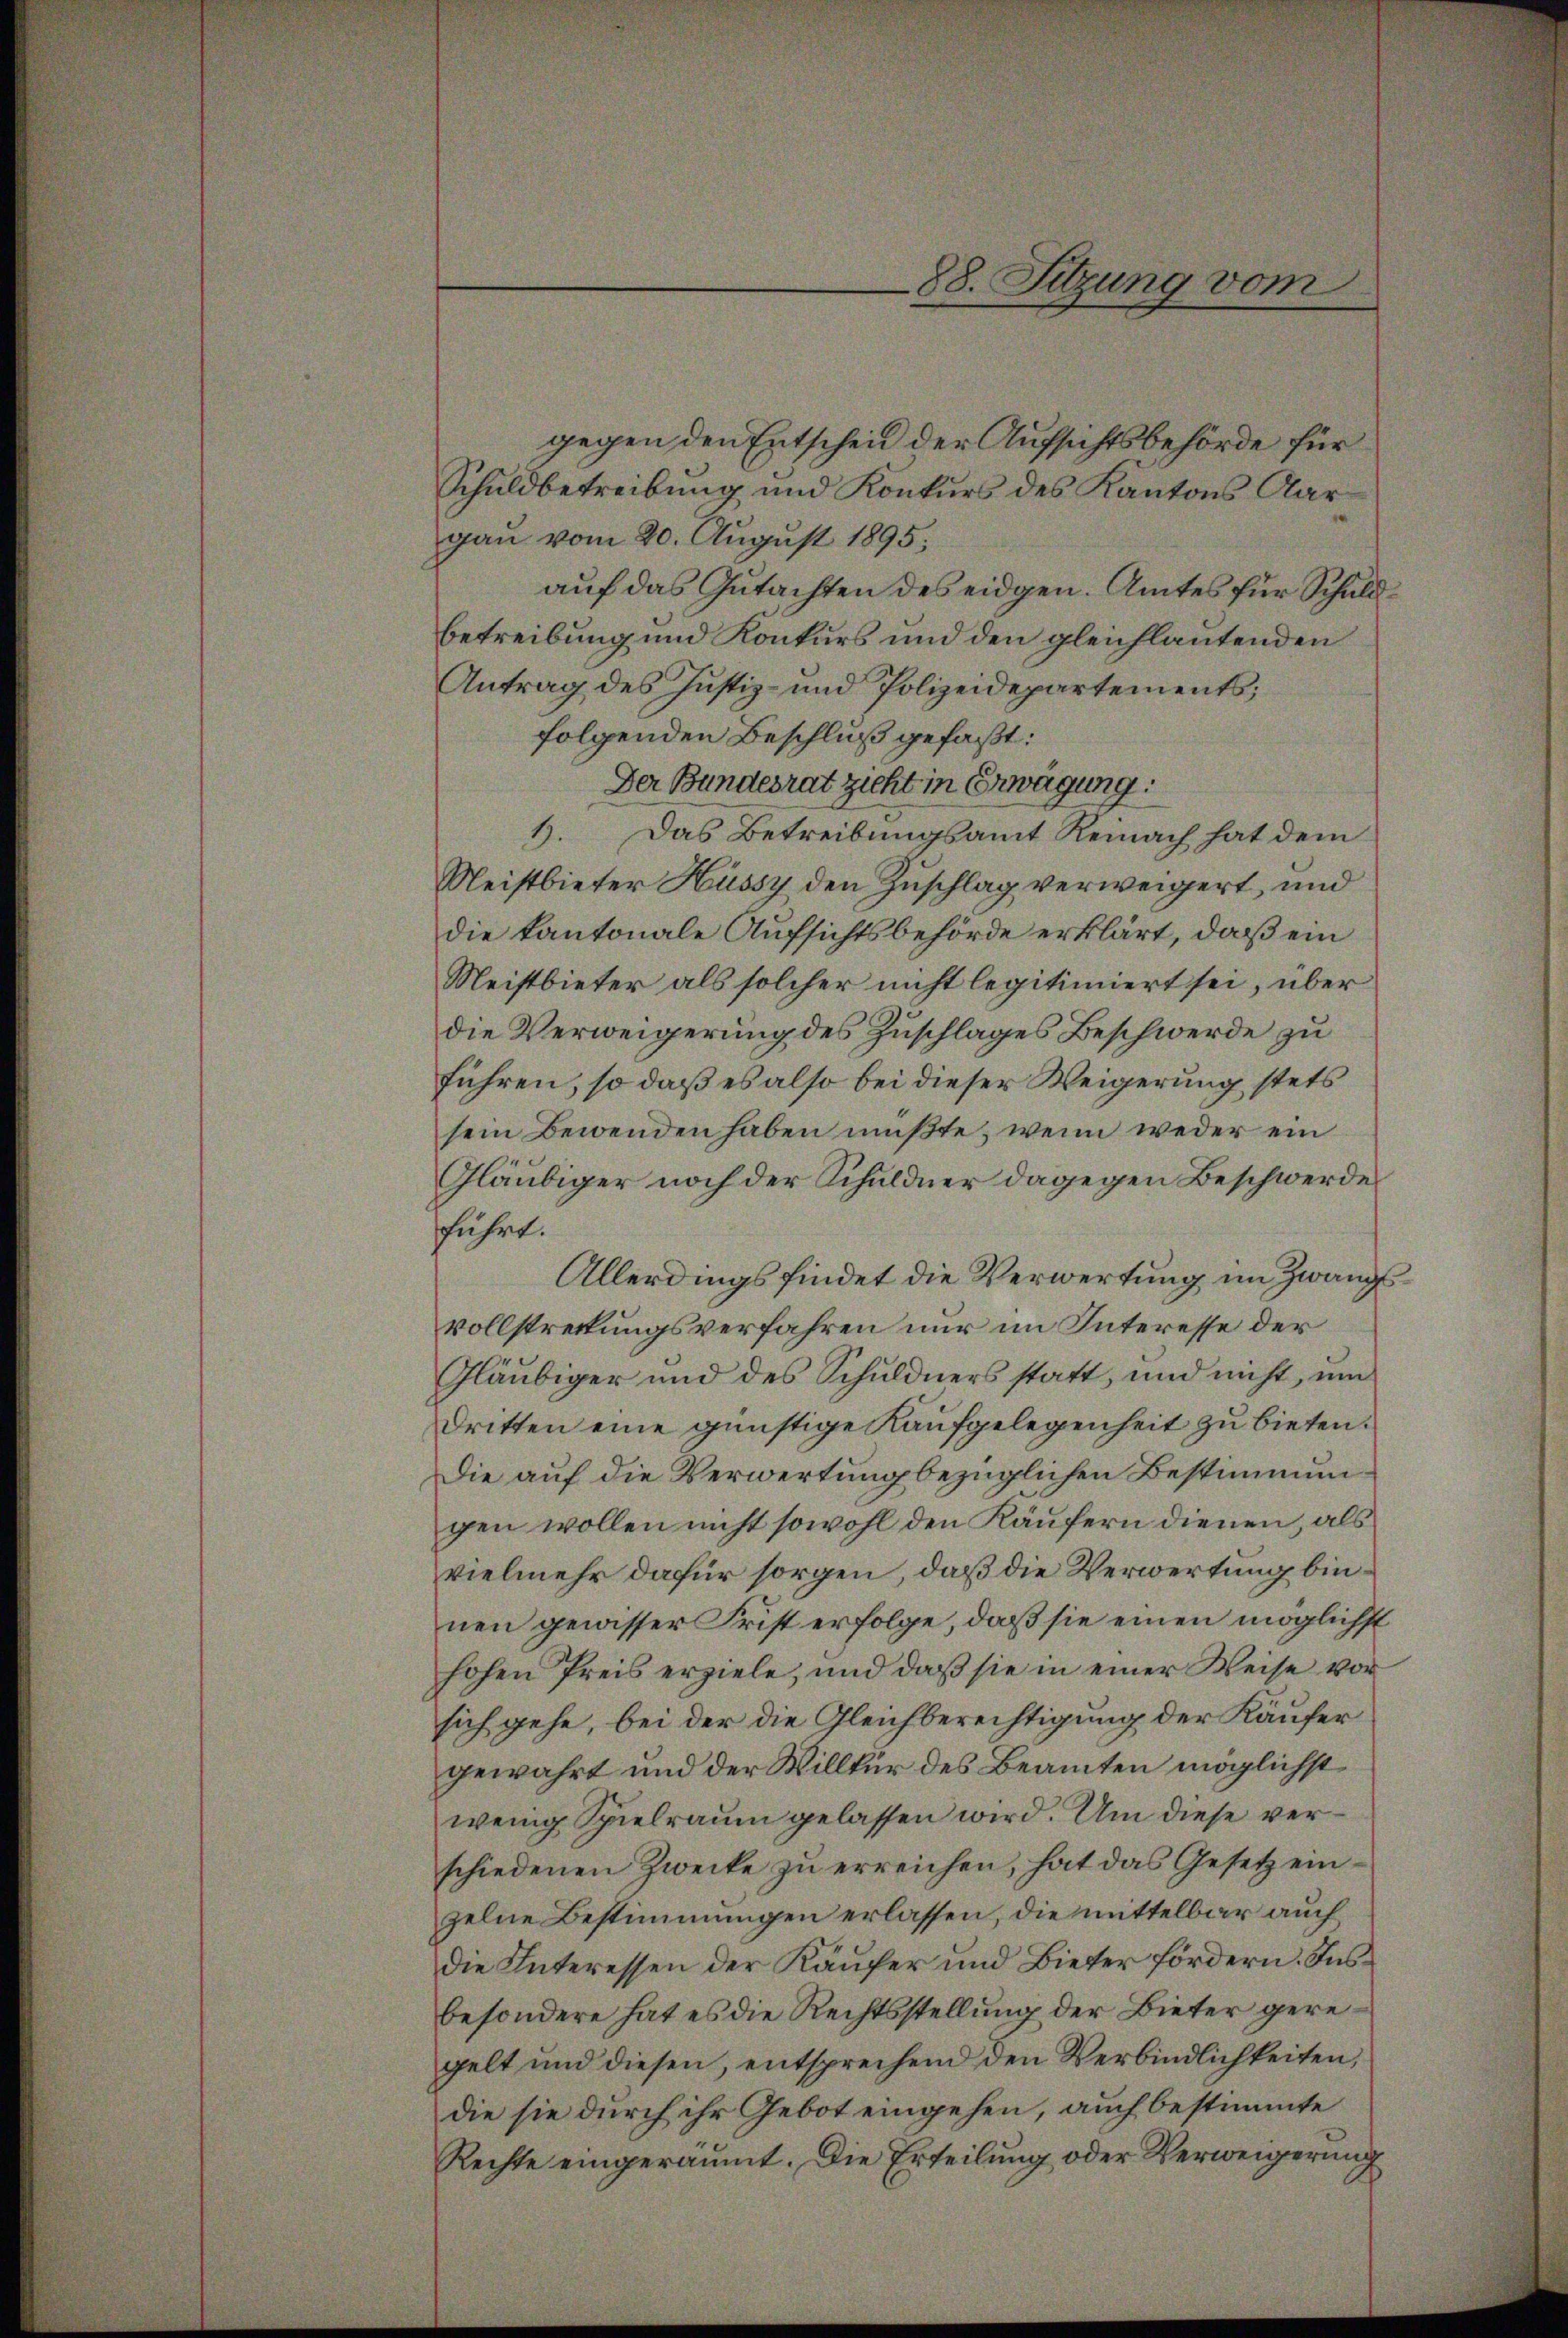
88. Sitzung vom

gegen den Entscheid der Aufsichtsbehörde für
Schuldbetreibung und Konkurs des Kantons Aargau vom 20. August 1895;
auf das Gutachten des eidgen. Amtes für Schuldbetreibung und Konkurs und den gleichlautenden
Antrag des Justiz- und Polizeidepartements;
folgenden Beschluß gefaßt:
Der Bundesrat zieht in Erwägung:
1). Das Betreibungsamt Reinach hat dem
Neistbieter Hüssy den Zuschlag verweigert, und
die kantonale Aufsichtsbehörde erklärt, daß ein
Meistbieter als solcher nicht legitimiert sei, über
die Verweigerung des Zuschlages Beschwerde zu
führen, so daß es also bei dieser Weigerung stets
sein Bewenden haben müßte, wenn weder ein
Gläubiger noch der Schuldner dagegen Beschwerde
führt.
Allerdings findet die Verwertung im Zwangsvollstreckungsverfahren nur im Interesse der
Gläubiger und des Schuldners statt, und nicht, um
Dritten eine günstige Kaufgelegenheit zu bieten.
Die auf die Verwertung bezüglichen Bestimmun
gen wollen nicht sowohl den Käufern dienen, als
vielmehr dafür sorgen, daß die Verwertung binnen gewisser Frist erfolge, daß sie einen möglichst
hohen Preis erziele, und daß sie in einer Weise vor
sich gehe, bei der die Gleichberechtigung der Käufer
gewahrt und der Willkür des Beamten möglichst
wenig Spielraum gelassen wird. Um diese verschiedenen Zwecke zu erreichen, hat das Gesetz einzelne Bestimmungen erlassen, die mittelbar auch
Die Interessen der Käufer und Bieter fördern. Insbesondere hat es die Rechtsstellung der Bieter geregelt und diesen, entsprechend den Verbindlichkeiten,
die sie durch ihr Gebot eingehen, auch bestimmte
Rechte eingeräumt. Die Erteilung oder Verweigerung